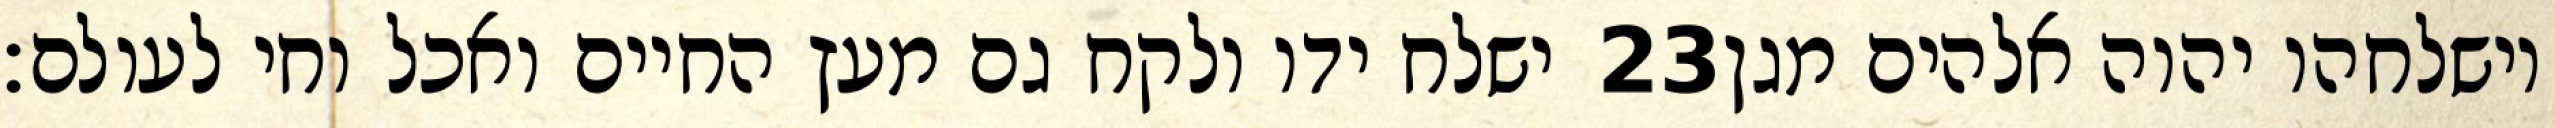
ישלח ידו ולקח גם מעץ החיים ואכל וחי לעולם׃ ‎23‏ וישלחהו יהוה אלהים מגן